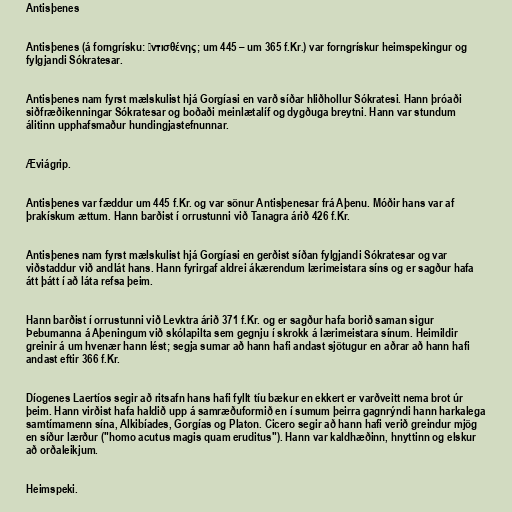
Antisþenes

Antisþenes (á forngrísku: Ἀντισθένης; um 445 – um 365 f.Kr.) var forngrískur heimspekingur og
fylgjandi Sókratesar.

Antisþenes nam fyrst mælskulist hjá Gorgíasi en varð síðar hliðhollur Sókratesi. Hann þróaði
siðfræðikenningar Sókratesar og boðaði meinlætalíf og dygðuga breytni. Hann var stundum
álitinn upphafsmaður hundingjastefnunnar.

Æviágrip.

Antisþenes var fæddur um 445 f.Kr. og var sönur Antisþenesar frá Aþenu. Móðir hans var af
þrakískum ættum. Hann barðist í orrustunni við Tanagra árið 426 f.Kr.

Antisþenes nam fyrst mælskulist hjá Gorgíasi en gerðist síðan fylgjandi Sókratesar og var
viðstaddur við andlát hans. Hann fyrirgaf aldrei ákærendum lærimeistara síns og er sagður hafa
átt þátt í að láta refsa þeim.

Hann barðist í orrustunni við Levktra árið 371 f.Kr. og er sagður hafa borið saman sigur
Þebumanna á Aþeningum við skólapilta sem gegnju í skrokk á lærimeistara sínum. Heimildir
greinir á um hvenær hann lést; segja sumar að hann hafi andast sjötugur en aðrar að hann hafi
andast eftir 366 f.Kr.

Díogenes Laertíos segir að ritsafn hans hafi fyllt tíu bækur en ekkert er varðveitt nema brot úr
þeim. Hann virðist hafa haldið upp á samræðuformið en í sumum þeirra gagnrýndi hann harkalega
samtímamenn sína, Alkibíades, Gorgías og Platon. Cicero segir að hann hafi verið greindur mjög
en síður lærður ("homo acutus magis quam eruditus"). Hann var kaldhæðinn, hnyttinn og elskur
að orðaleikjum.

Heimspeki.